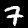
Label: 7